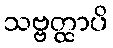
သဗ္ဗတ္ထာပိ